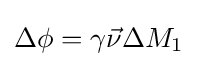
\Delta \phi =\gamma {\vec {\nu }}\Delta M_{1}